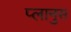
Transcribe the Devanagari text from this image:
प्लानुस